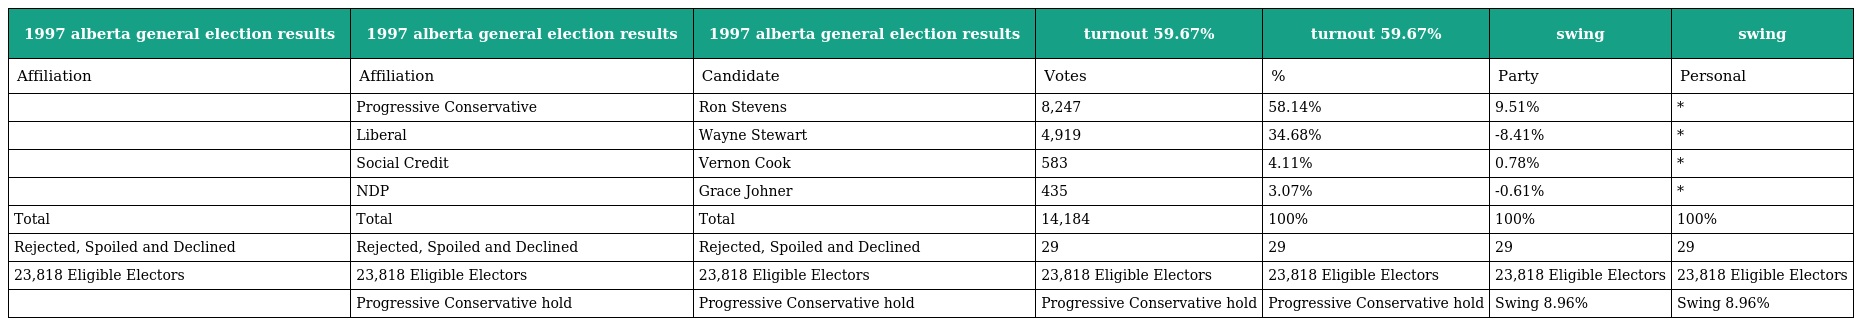
| 1997 alberta general election results | 1997 alberta general election results | 1997 alberta general election results | turnout 59.67% | turnout 59.67% | swing | swing |
 | --- | --- | --- | --- | --- | --- | --- |
 | Affiliation | Affiliation | Candidate | Votes | % | Party | Personal |
 |  | Progressive Conservative | Ron Stevens | 8,247 | 58.14% | 9.51% | * |
 |  | Liberal | Wayne Stewart | 4,919 | 34.68% | -8.41% | * |
 |  | Social Credit | Vernon Cook | 583 | 4.11% | 0.78% | * |
 |  | NDP | Grace Johner | 435 | 3.07% | -0.61% | * |
 | Total | Total | Total | 14,184 | 100% | 100% | 100% |
 | Rejected, Spoiled and Declined | Rejected, Spoiled and Declined | Rejected, Spoiled and Declined | 29 | 29 | 29 | 29 |
 | 23,818 Eligible Electors | 23,818 Eligible Electors | 23,818 Eligible Electors | 23,818 Eligible Electors | 23,818 Eligible Electors | 23,818 Eligible Electors | 23,818 Eligible Electors |
 |  | Progressive Conservative hold | Progressive Conservative hold | Progressive Conservative hold | Progressive Conservative hold | Swing 8.96% | Swing 8.96% |